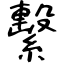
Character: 繫